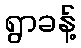
ရွာခန့်